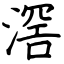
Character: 滘